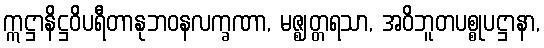
ဣဋ္ဌာနိဋ္ဌဝိပရီတာနုဘဝနလက္ခဏာ, မဇ္ဈတ္တရသာ, အဝိဘူတပစ္စုပဋ္ဌာနာ,